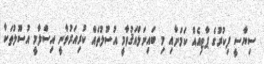
ސިޔާސީ ފިކުރުގެ ޕާޓިއެއް ކަމަށާއި މި ބައިނަލްއަޤުވާމީ އުސޫލުތައް ކުރިއަރުވާނީ އިސްލާމީ އުސޫލުތަކާ